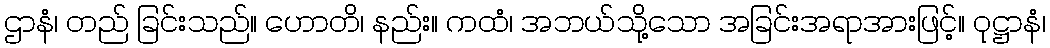
ဌာနံ၊ တည် ခြင်းသည်။ ဟောတိ၊ နည်း။ ကထံ၊ အဘယ်သို့သော အခြင်းအရာအားဖြင့်။ ဝုဋ္ဌာနံ၊